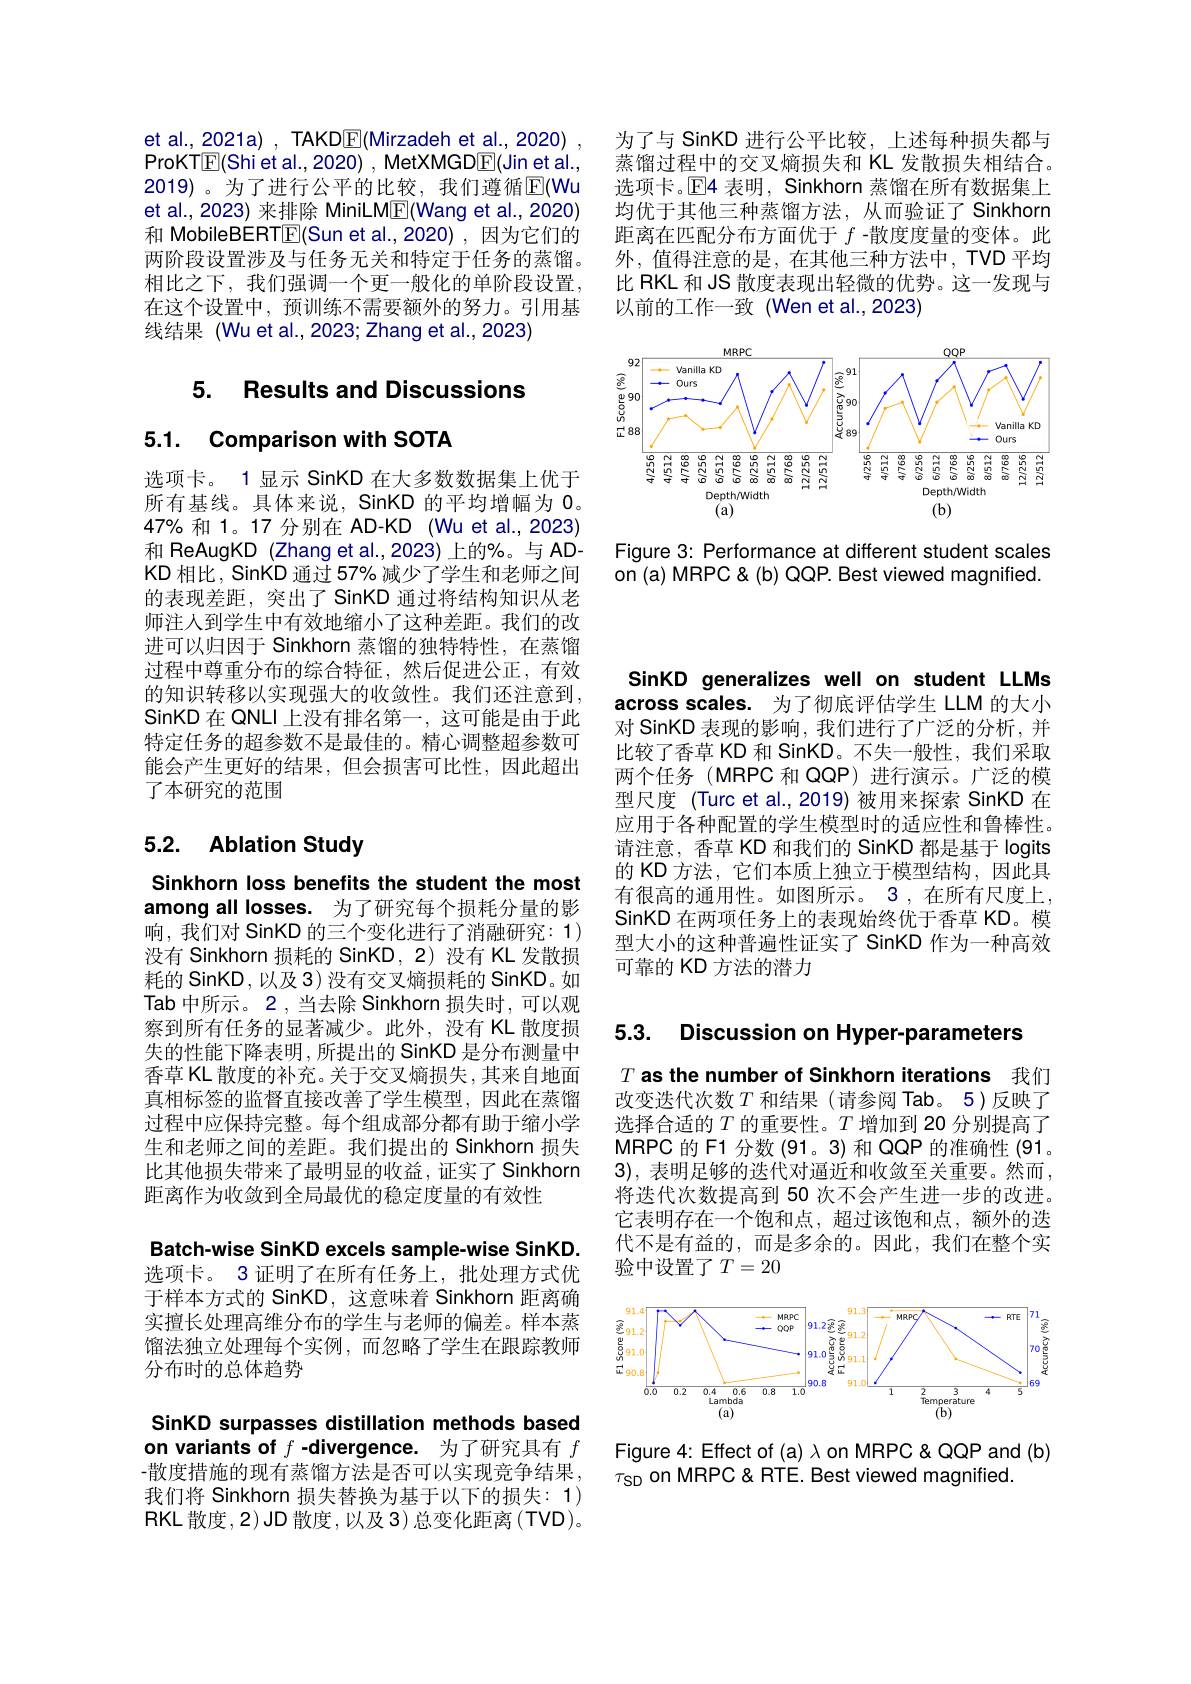
为了与 SinKD 进行公平比较，上述每种损失都与蒸馏过程中的交叉熵损失和 KL 发散损失相结合。选项卡。$\operatorname{E}$4 表明，Sinkhorn 蒸馏在所有数据集上均优于其他三种蒸馏方法，从而验证了 Sinkhorn 距离在匹配分布方面优于$f$ -散度度量的变体。此外，值得注意的是，在其他三种方法中，TVD平均比 RKL 和 JS 散度表现出轻微的优势。这一发现与以前的工作一致 (Wen et al.,2023)

<FigureHere>

Figure 3: Performance at different student scales on (a) MRPC & (b) QQP. Best viewed magnified.

et al., 2021a) , TAKD$\underline{\mathrm{E}}($Mirzadeh et al., 2020) ProKTE(Shi et al., 2020) , MetXMGD$\underline{\mathrm{F}}($Jin et al., 2019)。为了进行公平的比较，我们遵循$\operatorname{E}($Wu et al.,2023) 来排除 MiniLM$\underline{\mathrm{F}}($Wang et al.,2020) 和 MobileBERTE(Sun et al.,2020) ,因为它们的两阶段设置涉及与任务无关和特定于任务的蒸馏。相比之下，我们强调一个更一般化的单阶段设置， 在这个设置中，预训练不需要额外的努力。引用基线结果 (Wu et al.,2023; Zhang et al.,2023)

5. Results and Discussions

5.1. Comparison with SOTA

选项卡。1 显示 SinKD 在大多数数据集上优于所有基线。具体来说，SinKD 的平均增幅为 0。$47\%$和 1。17 分别在 AD-KD (Wu et al., 2023) 和 ReAugKD (Zhang et al.,2023) 上的%。与 ADKD 相比，SinKD 通过 57% 减少了学生和老师之间的表现差距，突出了 SinKD 通过将结构知识从老师注人到学生中有效地缩小了这种差距。我们的改进可以归因于 Sinkhorn 蒸馏的独特特性，在蒸馏过程中尊重分布的综合特征，然后促进公正，有效的知识转移以实现强大的收敛性。我们还注意到， SinKD 在 QNLI 上没有排名第一，这可能是由于此特定任务的超参数不是最佳的。精心调整超参数可能会产生更好的结果，但会损害可比性，因此超出了本研究的范围

# 5.2. Ablation Study

Sinkhorn loss benefits the student the most among all losses. 为了研究每个损耗分量的影响，我们对 SinKD 的三个变化进行了消融研究：1) 没有 Sinkhorn 损耗的 SinKD, 2) 没有 KL 发散损耗的 SinKD ,以及 3) 没有交叉熵损耗的 SinKD。如Tab 中所示。2 , 当去除 Sinkhorn 损失时，可以观察到所有任务的显著减少。此外，没有 KL 散度损失的性能下降表明，所提出的 SinKD 是分布测量中香草 KL 散度的补充。关于交叉熵损失，其来自地面真相标签的监督直接改善了学生模型，因此在蒸馏过程中应保持完整。每个组成部分都有助于缩小学生和老师之间的差距。我们提出的 Sinkhorn 损失比其他损失带来了最明显的收益，证实了 Sinkhorn 距离作为收敛到全局最优的稳定度量的有效性

SinKD generalizes well on student LLMs across scales. 为了彻底评估学生 LLM 的大小对 SinKD 表现的影响，我们进行了广泛的分析，并比较了香草 KD 和 SinKD。不失一般性，我们采取两个任务 (MRPC 和 QQP) 进行演示。广泛的模型尺度 (Turc et al.,2019)被用来探索 SinKD 在应用于各种配置的学生模型时的适应性和鲁棒性。请注意，香草 KD 和我们的 SinKD 都是基于 logits 的 KD 方法，它们本质上独立于模型结构，因此具有很高的通用性。如图所示。3 ,在所有尺度上， SinKD 在两项任务上的表现始终优于香草 KD。模型大小的这种普遍性证实了 SinKD 作为一种高效可靠的 KD 方法的潜力

5.3. Discussion on Hyper-parameters

$T\textbf{ as the number of Sinkhorn iterations 我 们 }$ 改变迭代次数$T$和结果(请参阅 Tab。5)反映了选择合适的$T$的重要性。$T$增加到 20 分别提高了MRPC 的 F1 分数 (91。3)和 QQP 的准确性 (913),表明足够的迭代对逼近和收敛至关重要。然而将迭代次数提高到 50 次不会产生进一步的改进。它表明存在一个饱和点，超过该饱和点，额外的迭代不是有益的，而是多余的。因此，我们在整个实验中设置了$T=20$

<FigureHere>

Figure 4: Effect of (a) λ on MRPC &QQP and (b)
$\tau_{\mathrm{SD}}$ on MRPC & RTE. Best viewed magnified.

Batch-wise SinKD excels sample-wise SinKD. 选项卡。3 证明了在所有任务上，批处理方式优于样本方式的 SinKD,这意味着 Sinkhorn 距离确实擅长处理高维分布的学生与老师的偏差。样本蒸馏法独立处理每个实例，而忽略了学生在跟踪教师分布时的总体趋势

SinKD surpasses distillation methods based on variants of $f$ -divergence. 为了研究具有$f$ -散度措施的现有蒸馏方法是否可以实现竞争结果，

我们将 Sinkhorn 损失替换为基于以下的损失：1) RKL 散度，2) JD 散度，以及 3) 总变化距离 (TVD)。